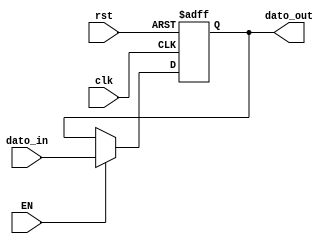
`timescale 1ns / 1ps
//////////////////////////////////////////////////////////////////////////////////
// Company: 
// Engineer: 
// 
// Design Name: 
// Module Name:    Registro 
// Project Name: 
// Target Devices: 
// Tool versions: 
// Description: 
//
// Dependencies: 
//
// Revision: 
// Revision 0.01 - File Created
// Additional Comments: 
//
//////////////////////////////////////////////////////////////////////////////////
module Registro(
    input wire [11:0] dato_in,
	 input wire EN,
    input wire rst,
    input wire clk,
    output reg[11:0] dato_out
    );
always @ (posedge clk, posedge rst)
	if (rst)
		dato_out <= 8'b0;
	else if (EN)
		dato_out <= dato_in;

endmodule